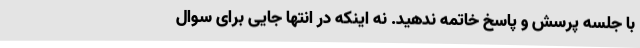
با جلسه پرسش و پاسخ خاتمه ندهید. نه اینکه در انتها جایی برای سوال